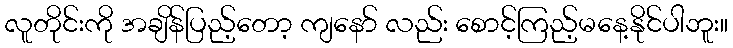
လူတိုင်းကို အချိန်ပြည့်တော့ ကျနော် လည်း စောင့်ကြည့်မနေ့နိုင်ပါဘူး။